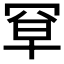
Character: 𫅃